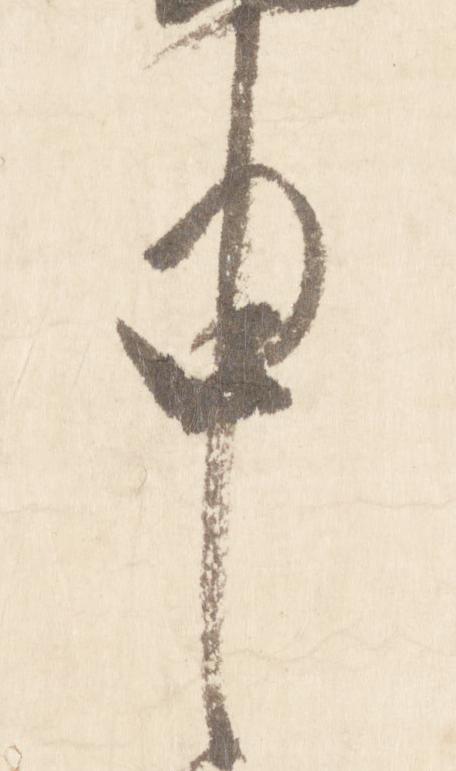
申